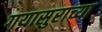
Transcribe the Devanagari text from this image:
गयासुराच्या